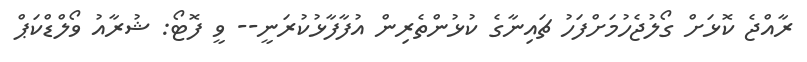
ރާއްޖެ ކޮޅަށް ގޯލުޖެހުމަށްފަހު ޗައިނާގެ ކުޅުންތެރިން އުފާފާޅުކުރަނީ-- ވީ ފޮޓޯ: ޝުރާއު ވޯލްޑްކަޕް